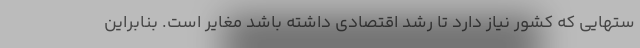
ستهایی که کشور نیاز دارد تا رشد اقتصادی داشته باشد مغایر است. بنابراین